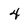
Character: 4